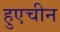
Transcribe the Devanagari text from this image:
हुएचीन